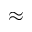
\approx